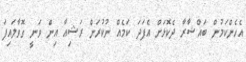
އެހެންކަމުން ބައްޝާރާ ދެކޮޅަށް އެފަދަ ކަމެއް ނުކުރަން ރަޝިއާ އިން ވަނީ ގޮވާލައިފަ